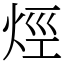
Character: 烴